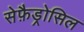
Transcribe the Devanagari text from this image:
सेफ़ैड्रोसिल